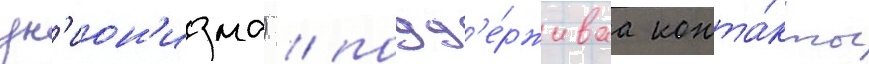
ун'ион'изма) / подд'е́рживаа конта́кты